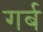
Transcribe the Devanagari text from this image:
गर्ब